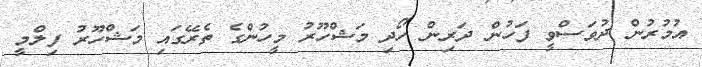
އުމުރުން ދުވަސްވީ ފަހުން ދަރިން ހޯދި މަޝްހޫރު މީހުންގެ ތެރޭގައި މަޝްހޫރު ފިލްމީ